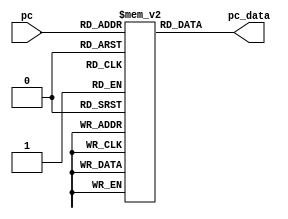
`timescale 1ns / 1ps

`define CODE_LEN    16'hffff


module ROM(pc, pc_data);

input wire  [15:0] pc;
output wire [7:0]  pc_data;


reg[7:0]code_memo[`CODE_LEN:0];  // Big Endien

initial begin
    code_memo[8'h0] = 8'h98;
    code_memo[8'h1] = 8'hD5;
    code_memo[8'h2] = 8'h00;
    code_memo[8'h3] = 8'h0F;
    code_memo[8'h4] = 8'h11;
    code_memo[8'h5] = 8'h11;
    code_memo[8'h6] = 8'h11;
    code_memo[8'h7] = 8'h11;
    code_memo[8'h8] = 8'h22;
    code_memo[8'h9] = 8'h22;
    code_memo[8'hA] = 8'h22;
    code_memo[8'hB] = 8'h22;

end

assign pc_data = code_memo[pc];
endmodule